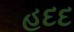
હદદ